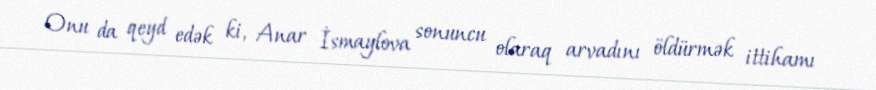
Onu da qeyd edək ki, Anar İsmaylova sonuncu olaraq arvadını öldürmək ittihamı